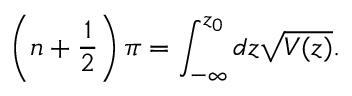
\left( n + \frac { 1 } { 2 } \right) \pi = \int _ { - \infty } ^ { z _ { 0 } } d z \sqrt { V ( z ) } .